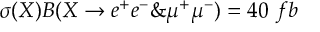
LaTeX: \sigma ( X ) B ( X \to e ^ { + } e ^ { - } \& \mu ^ { + } \mu ^ { - } ) = 4 0 ~ f b